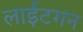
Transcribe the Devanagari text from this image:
लाईटगन